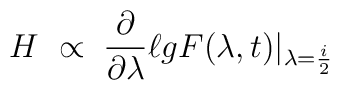
H\ \propto \; \frac{\partial}{\partial \lambda} \ell g F(\lambda,t)|_{\lambda = \frac{i}{2}}